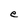
Character: e